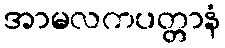
အာမလကပတ္တာနံ